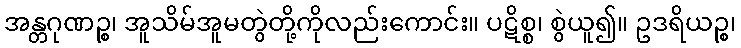
အန္တဂုဏဉ္စ၊ အူသိမ်အူမတွဲတို့ကိုလည်းကောင်း။ ပဋိစ္စ၊ စွဲယူ၍။ ဥဒရိယဉ္စ၊